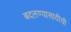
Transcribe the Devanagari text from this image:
बदलण्यासाठीची